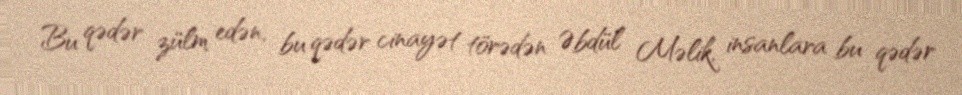
Bu qədər zülm edən, bu qədər cinayət törədən Əbdül Məlik, insanlara bu qədər